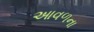
આવળના